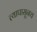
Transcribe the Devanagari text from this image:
त्यापासूनच